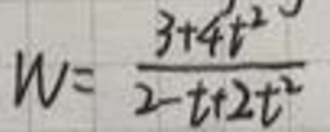
\[
W = \frac{3 + 4t^{2}}{2 - t + 2t^{2}}
\]